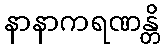
နာနာကရဏန္တိ